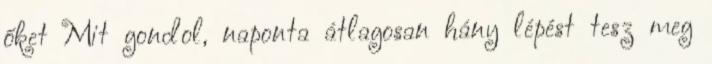
őket Mit gondol, naponta átlagosan hány lépést tesz meg